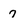
Character: 7